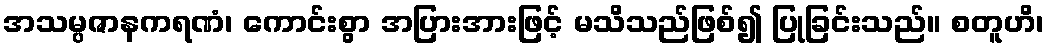
အသမ္ပဇာနကရဏံ၊ ကောင်းစွာ အပြားအားဖြင့် မသိသည်ဖြစ်၍ ပြုခြင်းသည်။ စတူဟိ၊